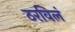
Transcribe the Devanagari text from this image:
ठरविलं